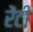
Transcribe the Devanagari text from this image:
रेंटी